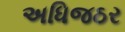
અધિજઠર